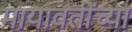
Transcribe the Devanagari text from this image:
मायावतींच्या